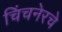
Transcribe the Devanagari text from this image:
चिंचनेरचे